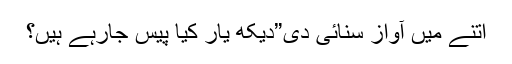
اتنے میں آواز سنائی دی”دیکھ یار کیا پیس جارہے ہیں؟